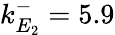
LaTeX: k_{E_{2}}^{-}=5.9